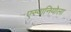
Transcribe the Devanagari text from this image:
एस्पानियोला